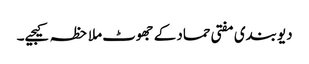
دیوبندی مفتی حماد کے جھوٹ ملاحظہ کیجیے۔